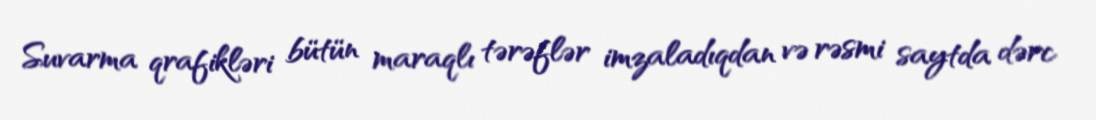
Suvarma qrafikləri bütün maraqlı tərəflər imzaladıqdan və rəsmi saytda dərc